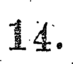
14.